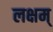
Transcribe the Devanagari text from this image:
लक्षम्